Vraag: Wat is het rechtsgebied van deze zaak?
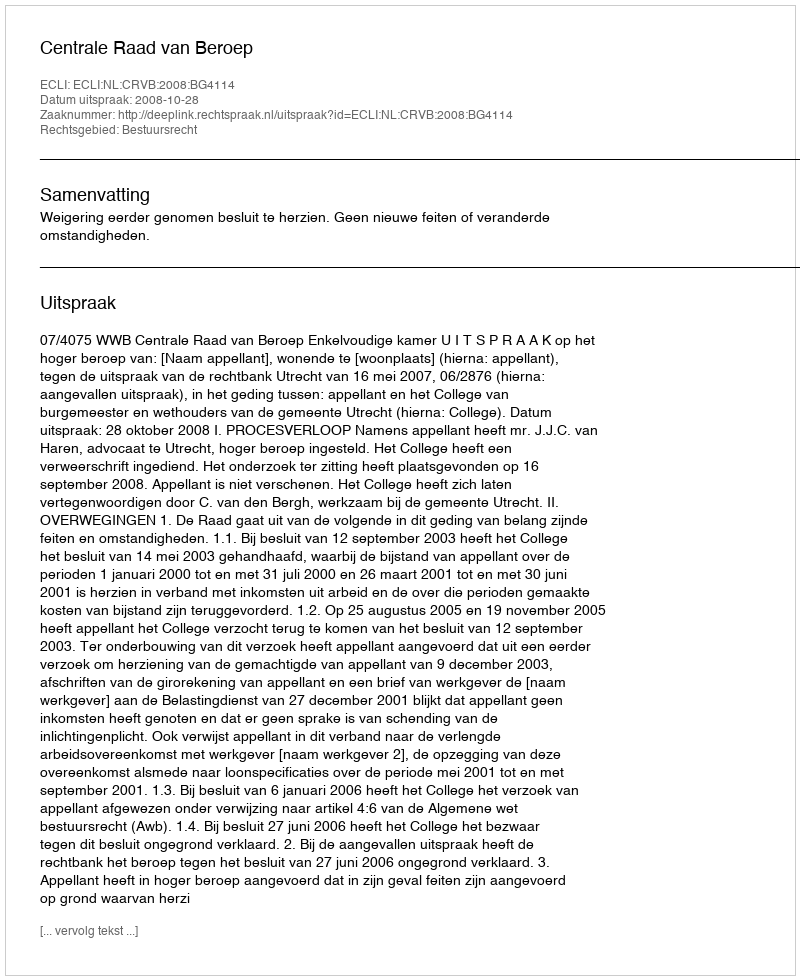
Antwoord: Bestuursrecht